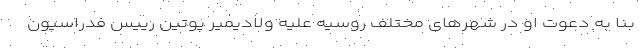
بنا به دعوت او در شهرهای مختلف روسیه علیه ولادیمیر پوتین رییس فدراسیون